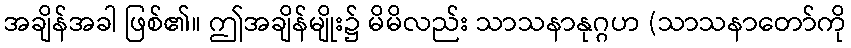
အချိန်အခါ ဖြစ်၏။ ဤအချိန်မျိုး၌ မိမိလည်း သာသနာနုဂ္ဂဟ (သာသနာတော်ကို